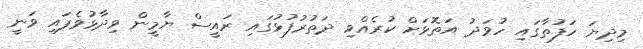
މިދިޔަ ހަފުތާގައި ހުވަދު އަތޮޅަށް ކުރެއްވި ދަތުރުފުޅުގައި ރައީސް ޔާމީން ވިދާޅުވެފައި ވަނީ